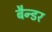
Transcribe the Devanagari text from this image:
बैन्डर